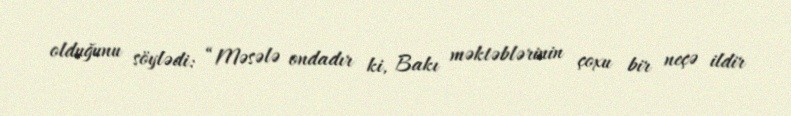
olduğunu söylədi: “Məsələ ondadır ki, Bakı məktəblərinin çoxu bir neçə ildir